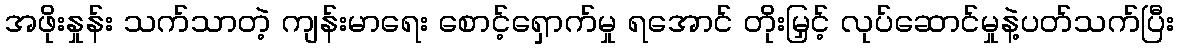
အဖိုးနှုန်း သက်သာတဲ့ ကျန်းမာရေး စောင့်ရှောက်မှု ရအောင် တိုးမြှင့် လုပ်ဆောင်မှုနဲ့ပတ်သက်ပြီး